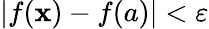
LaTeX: |f(\mathbf{x})-f(a)|<\varepsilon